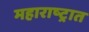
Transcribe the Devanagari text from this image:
महाराष्‍ट्रात